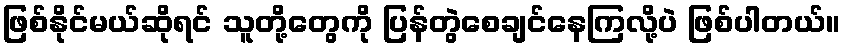
ဖြစ်နိုင်မယ်ဆိုရင် သူတို့တွေကို ပြန်တွဲစေချင်နေကြလို့ပဲ ဖြစ်ပါတယ်။